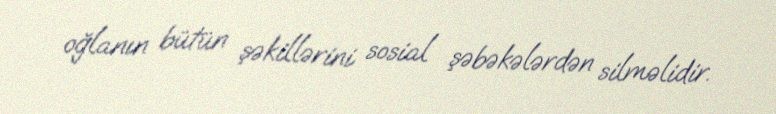
oğlanın bütün şəkillərini sosial şəbəkələrdən silməlidir.